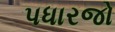
પધારજો